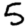
Digit: 5